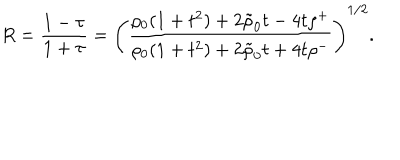
R = { \frac { 1 - \tau } { 1 + \tau } } = \left( { \frac { \rho _ { 0 } ( 1 + t ^ { 2 } ) + 2 \tilde { \rho } _ { 0 } t - 4 t \rho ^ { + } } { \rho _ { 0 } ( 1 + t ^ { 2 } ) + 2 \tilde { \rho } _ { 0 } t + 4 t \rho ^ { - } } } \right) ^ { 1 / 2 } .